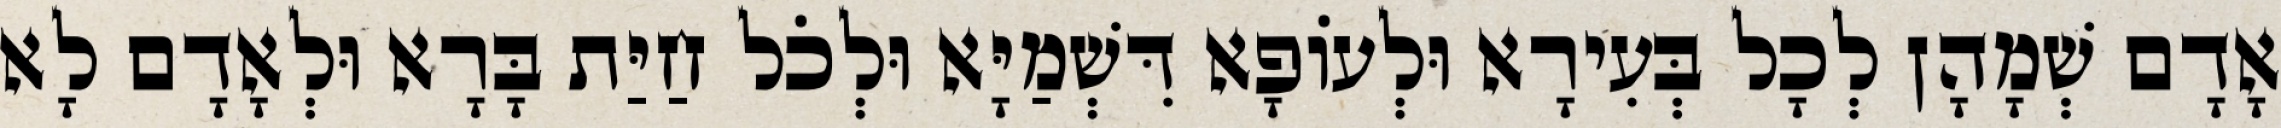
אָדָם שְׁמָהָן לְכָל בְּעִירָא וּלְעוֹפָא דִּשְׁמַיָּא וּלְכֹל חַיַּת בָּרָא וּלְאָדָם לָא